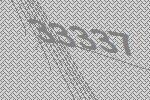
33337